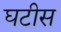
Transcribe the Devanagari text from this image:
घटीस